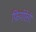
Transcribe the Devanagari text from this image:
फियोरेत्ती